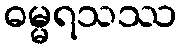
ဓမ္မရသဿ